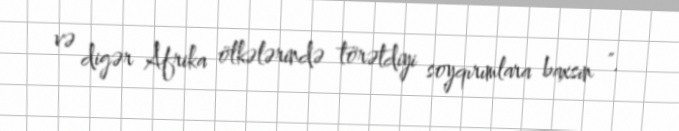
və digər Afrika ölkələrində törətdiyi soyqırımlara baxsın ".